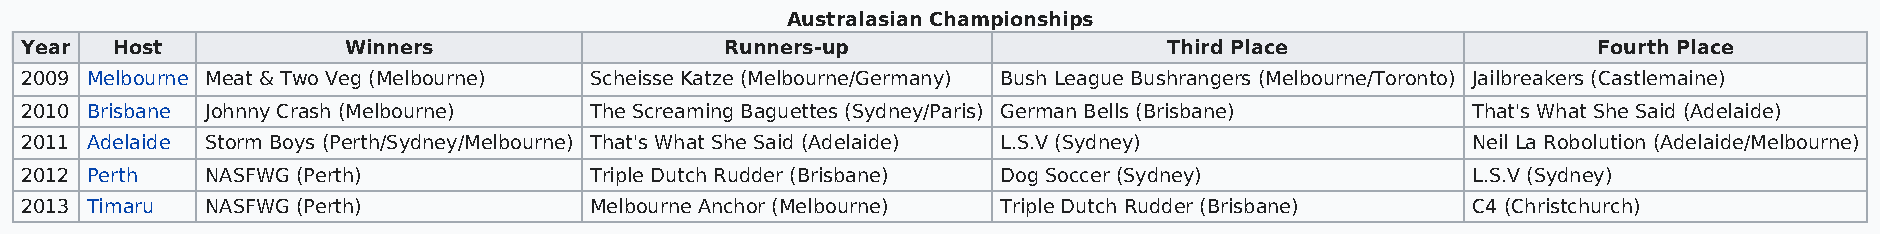
Australasian Championships
 Year  Host            Winners                  Runners-up                   Third Place                  Fourth Place
 2009 Melbourne Meat & Two Veg (Melbourne) Scheisse Katze (Melbourne/Germany) Bush League Bushrangers (Melbourne/Toronto) Jailbreakers (Castlemaine)
 2010 Brisbane Johnny Crash (Melbourne) The Screaming Baguettes (Sydney/Paris) German Bells (Brisbane) That's What She Said (Adelaide)
 2011 Adelaide Storm Boys (Perth/Sydney/Melbourne) That's What She Said (Adelaide) L.S.V (Sydney) Neil La Robolution (Adelaide/Melbourne)
 2012 Perth   NASFWG (Perth)           Triple Dutch Rudder (Brisbane) Dog Soccer (Sydney)        L.S.V (Sydney)
 2013 Timaru  NASFWG (Perth)           Melbourne Anchor (Melbourne) Triple Dutch Rudder (Brisbane) C4 (Christchurch)